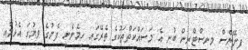
ފިނޭންސް މިނިސްޓްރީން ބުނީ އެ މަސައްކަތްތަކުގެ ތެރޭގައި ހިމެނެނީ ފެނުގެ ވިޔުގަ އެޅުމާއި